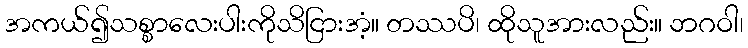
အကယ်၍သစ္စာလေးပါးကိုသိငြားအံ့။ တဿပိ၊ ထိုသူအားလည်း။ ဘဂဝါ၊